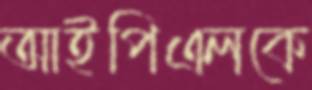
আইপিএলকে